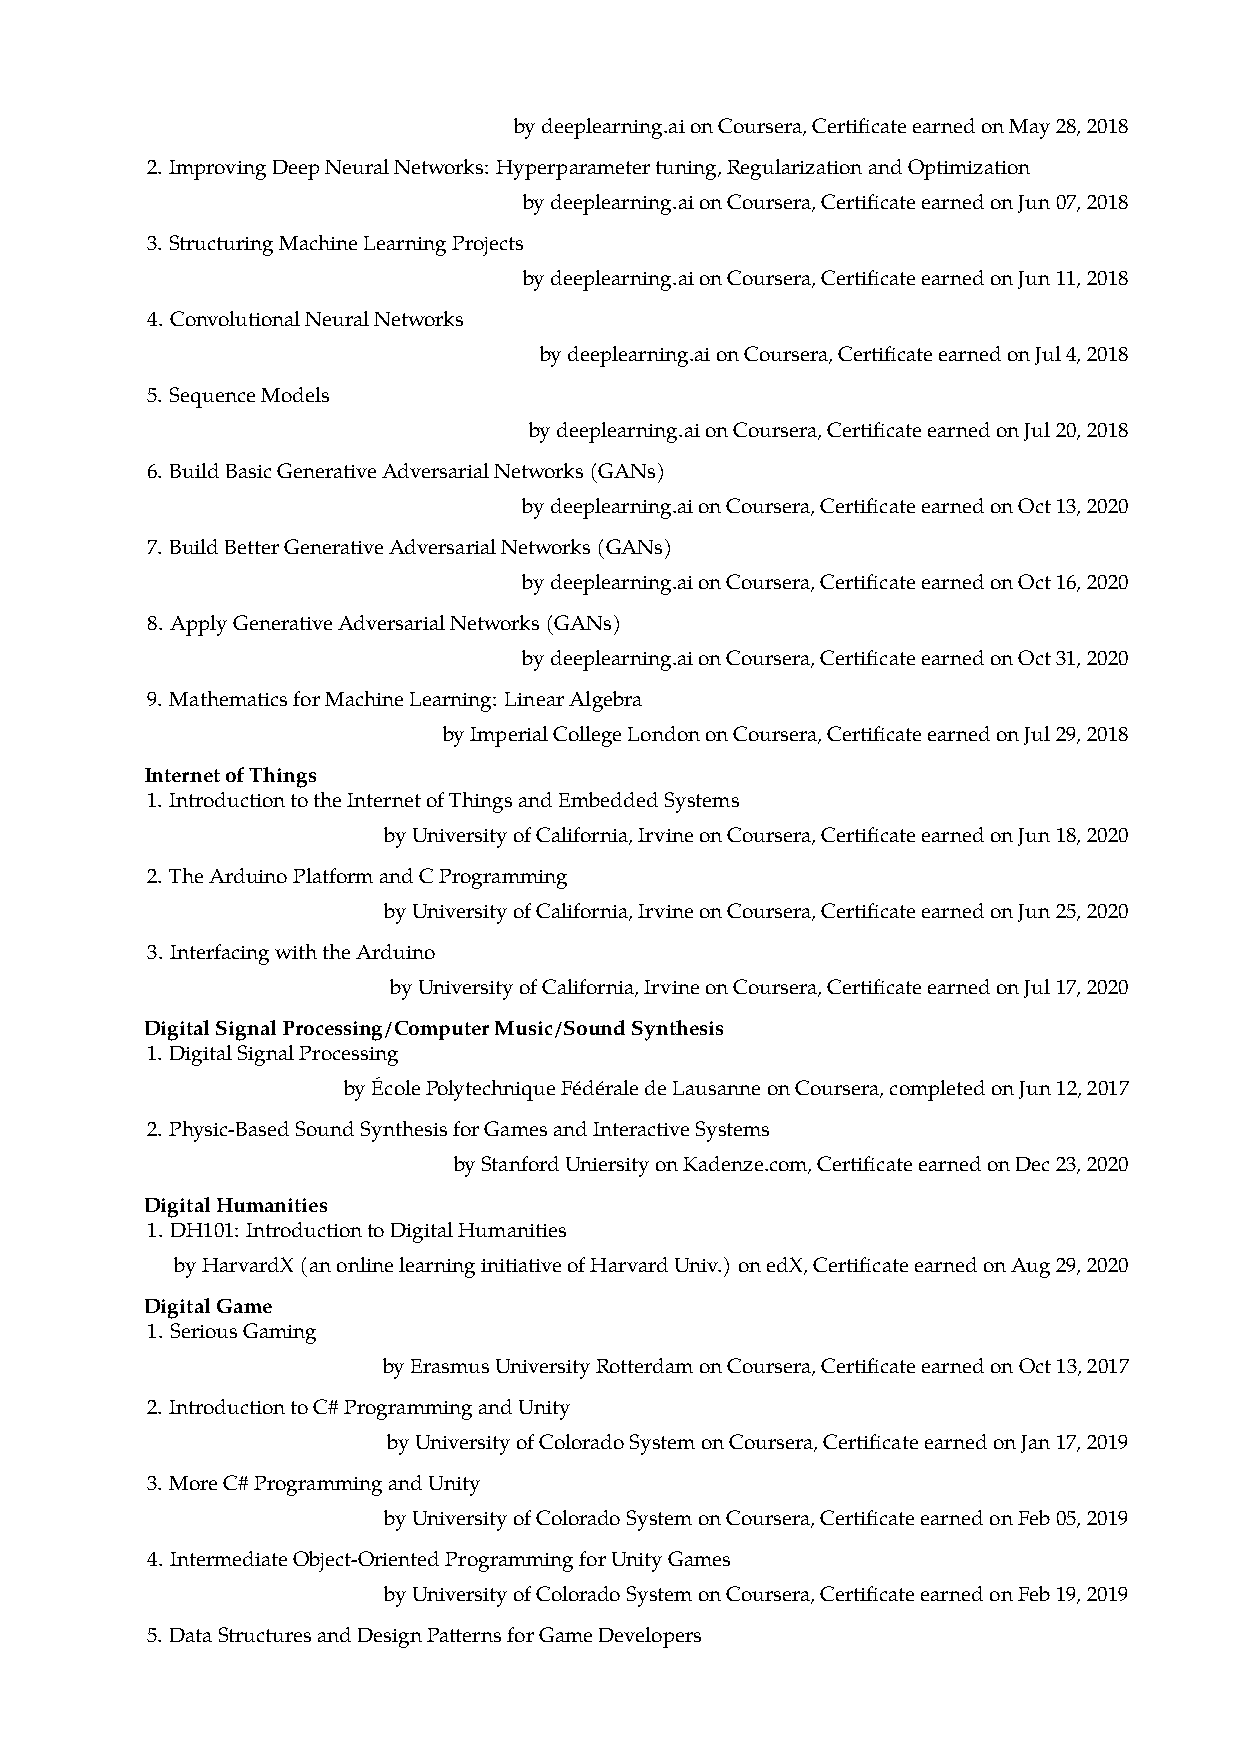
bydeeplearning.aionCoursera,CertificateearnedonMay28,2018
 2. ImprovingDeepNeuralNetworks: Hyperparametertuning,RegularizationandOptimization
 bydeeplearning.aionCoursera,CertificateearnedonJun07,2018
 3. StructuringMachineLearningProjects
 bydeeplearning.aionCoursera,CertificateearnedonJun11,2018
 4. ConvolutionalNeuralNetworks
 bydeeplearning.aionCoursera,CertificateearnedonJul4,2018
 5. SequenceModels
 bydeeplearning.aionCoursera,CertificateearnedonJul20,2018
 6. BuildBasicGenerativeAdversarialNetworks(GANs)
 bydeeplearning.aionCoursera,CertificateearnedonOct13,2020
 7. BuildBetterGenerativeAdversarialNetworks(GANs)
 bydeeplearning.aionCoursera,CertificateearnedonOct16,2020
 8. ApplyGenerativeAdversarialNetworks(GANs)
 bydeeplearning.aionCoursera,CertificateearnedonOct31,2020
 9. MathematicsforMachineLearning: LinearAlgebra
 byImperialCollegeLondononCoursera,CertificateearnedonJul29,2018
 InternetofThings
 1. IntroductiontotheInternetofThingsandEmbeddedSystems
 byUniversityofCalifornia,IrvineonCoursera,CertificateearnedonJun18,2020
 2. TheArduinoPlatformandCProgramming
 byUniversityofCalifornia,IrvineonCoursera,CertificateearnedonJun25,2020
 3. InterfacingwiththeArduino
 byUniversityofCalifornia,IrvineonCoursera,CertificateearnedonJul17,2020
 DigitalSignalProcessing/ComputerMusic/SoundSynthesis
 1. DigitalSignalProcessing
 byÉcolePolytechniqueFédéraledeLausanneonCoursera,completedonJun12,2017
 2. Physic-BasedSoundSynthesisforGamesandInteractiveSystems
 byStanfordUniersityonKadenze.com,CertificateearnedonDec23,2020
 DigitalHumanities
 1. DH101: IntroductiontoDigitalHumanities
 byHarvardX(anonlinelearninginitiativeofHarvardUniv.) onedX,CertificateearnedonAug29,2020
 DigitalGame
 1. SeriousGaming
 byErasmusUniversityRotterdamonCoursera,CertificateearnedonOct13,2017
 2. IntroductiontoC#ProgrammingandUnity
 byUniversityofColoradoSystemonCoursera,CertificateearnedonJan17,2019
 3. MoreC#ProgrammingandUnity
 byUniversityofColoradoSystemonCoursera,CertificateearnedonFeb05,2019
 4. IntermediateObject-OrientedProgrammingforUnityGames
 byUniversityofColoradoSystemonCoursera,CertificateearnedonFeb19,2019
 5. DataStructuresandDesignPatternsforGameDevelopers